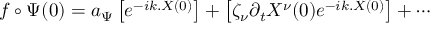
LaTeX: f \circ \Psi ( 0 ) = a _ { \Psi } \left[ e ^ { - i k . X ( 0 ) } \right] + \left[ \zeta _ { \nu } \partial _ { t } X ^ { \nu } ( 0 ) e ^ { - i k . X ( 0 ) } \right] + \cdots